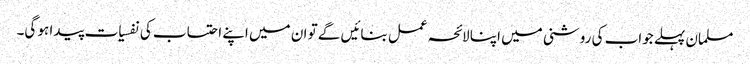
مسلمان پہلے جواب کی روشنی میں اپنا لائحہ عمل بنائیں گے تو ان میں اپنے احتساب کی نفسیات پیدا ہو گی۔